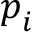
\boldsymbol { p } _ { i }